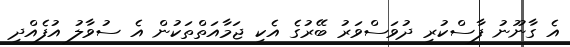
އެ ގާނޫނު ފާސްކުރި ދުވަސްވަރު ބޭރުގެ އެކި ޖަމާއަތްތަކުން އެ ސުވާލު އުފެެއްދި